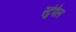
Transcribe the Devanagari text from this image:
स्टुंपेल